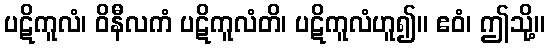
ပဋိကူလံ၊ ဝိနီလကံ ပဋိကူလံတိ၊ ပဋိကူလံဟူ၍။ ဧဝံ၊ ဤသို့။